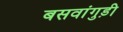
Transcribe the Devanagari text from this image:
बसवांगुड़ी